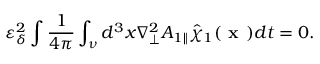
\varepsilon _ { \delta } ^ { 2 } \intop \frac { 1 } { 4 \pi } \int _ { \nu } d ^ { 3 } x \nabla _ { \perp } ^ { 2 } { A } _ { 1 \parallel } \hat { \chi } _ { 1 } ( \textbf { x } ) d t = 0 .